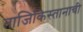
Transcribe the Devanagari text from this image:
ताजिकिस्तानाची